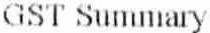
GST SUMMARY